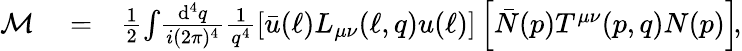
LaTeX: \begin{array}{rlr}{\mathcal{M}}&{{}=}&{\frac{1}{2}\! \int\! \frac{\mathrm{d}^{4}q}{i(2\pi)^{4}}\frac{1}{q^{4}}\left[\bar{u}(\ell)L_{\mu\nu}(\ell,q)u(\ell)\right]\left[\bar{N}(p)T^{\mu\nu}(p,q)N(p)\right]\! ,}\end{array}